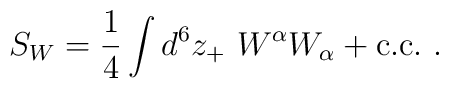
S_W=\frac{1}{4}\int d^6z_+\  W^\alpha W_\alpha +\mbox{c.c.}\ .